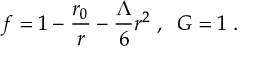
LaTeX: f = 1 - \frac { r _ { 0 } } { r } - \frac { \Lambda } { 6 } r ^ { 2 } \; , \; \; G = 1 \; .